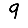
Digit: 9